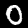
Digit: 0